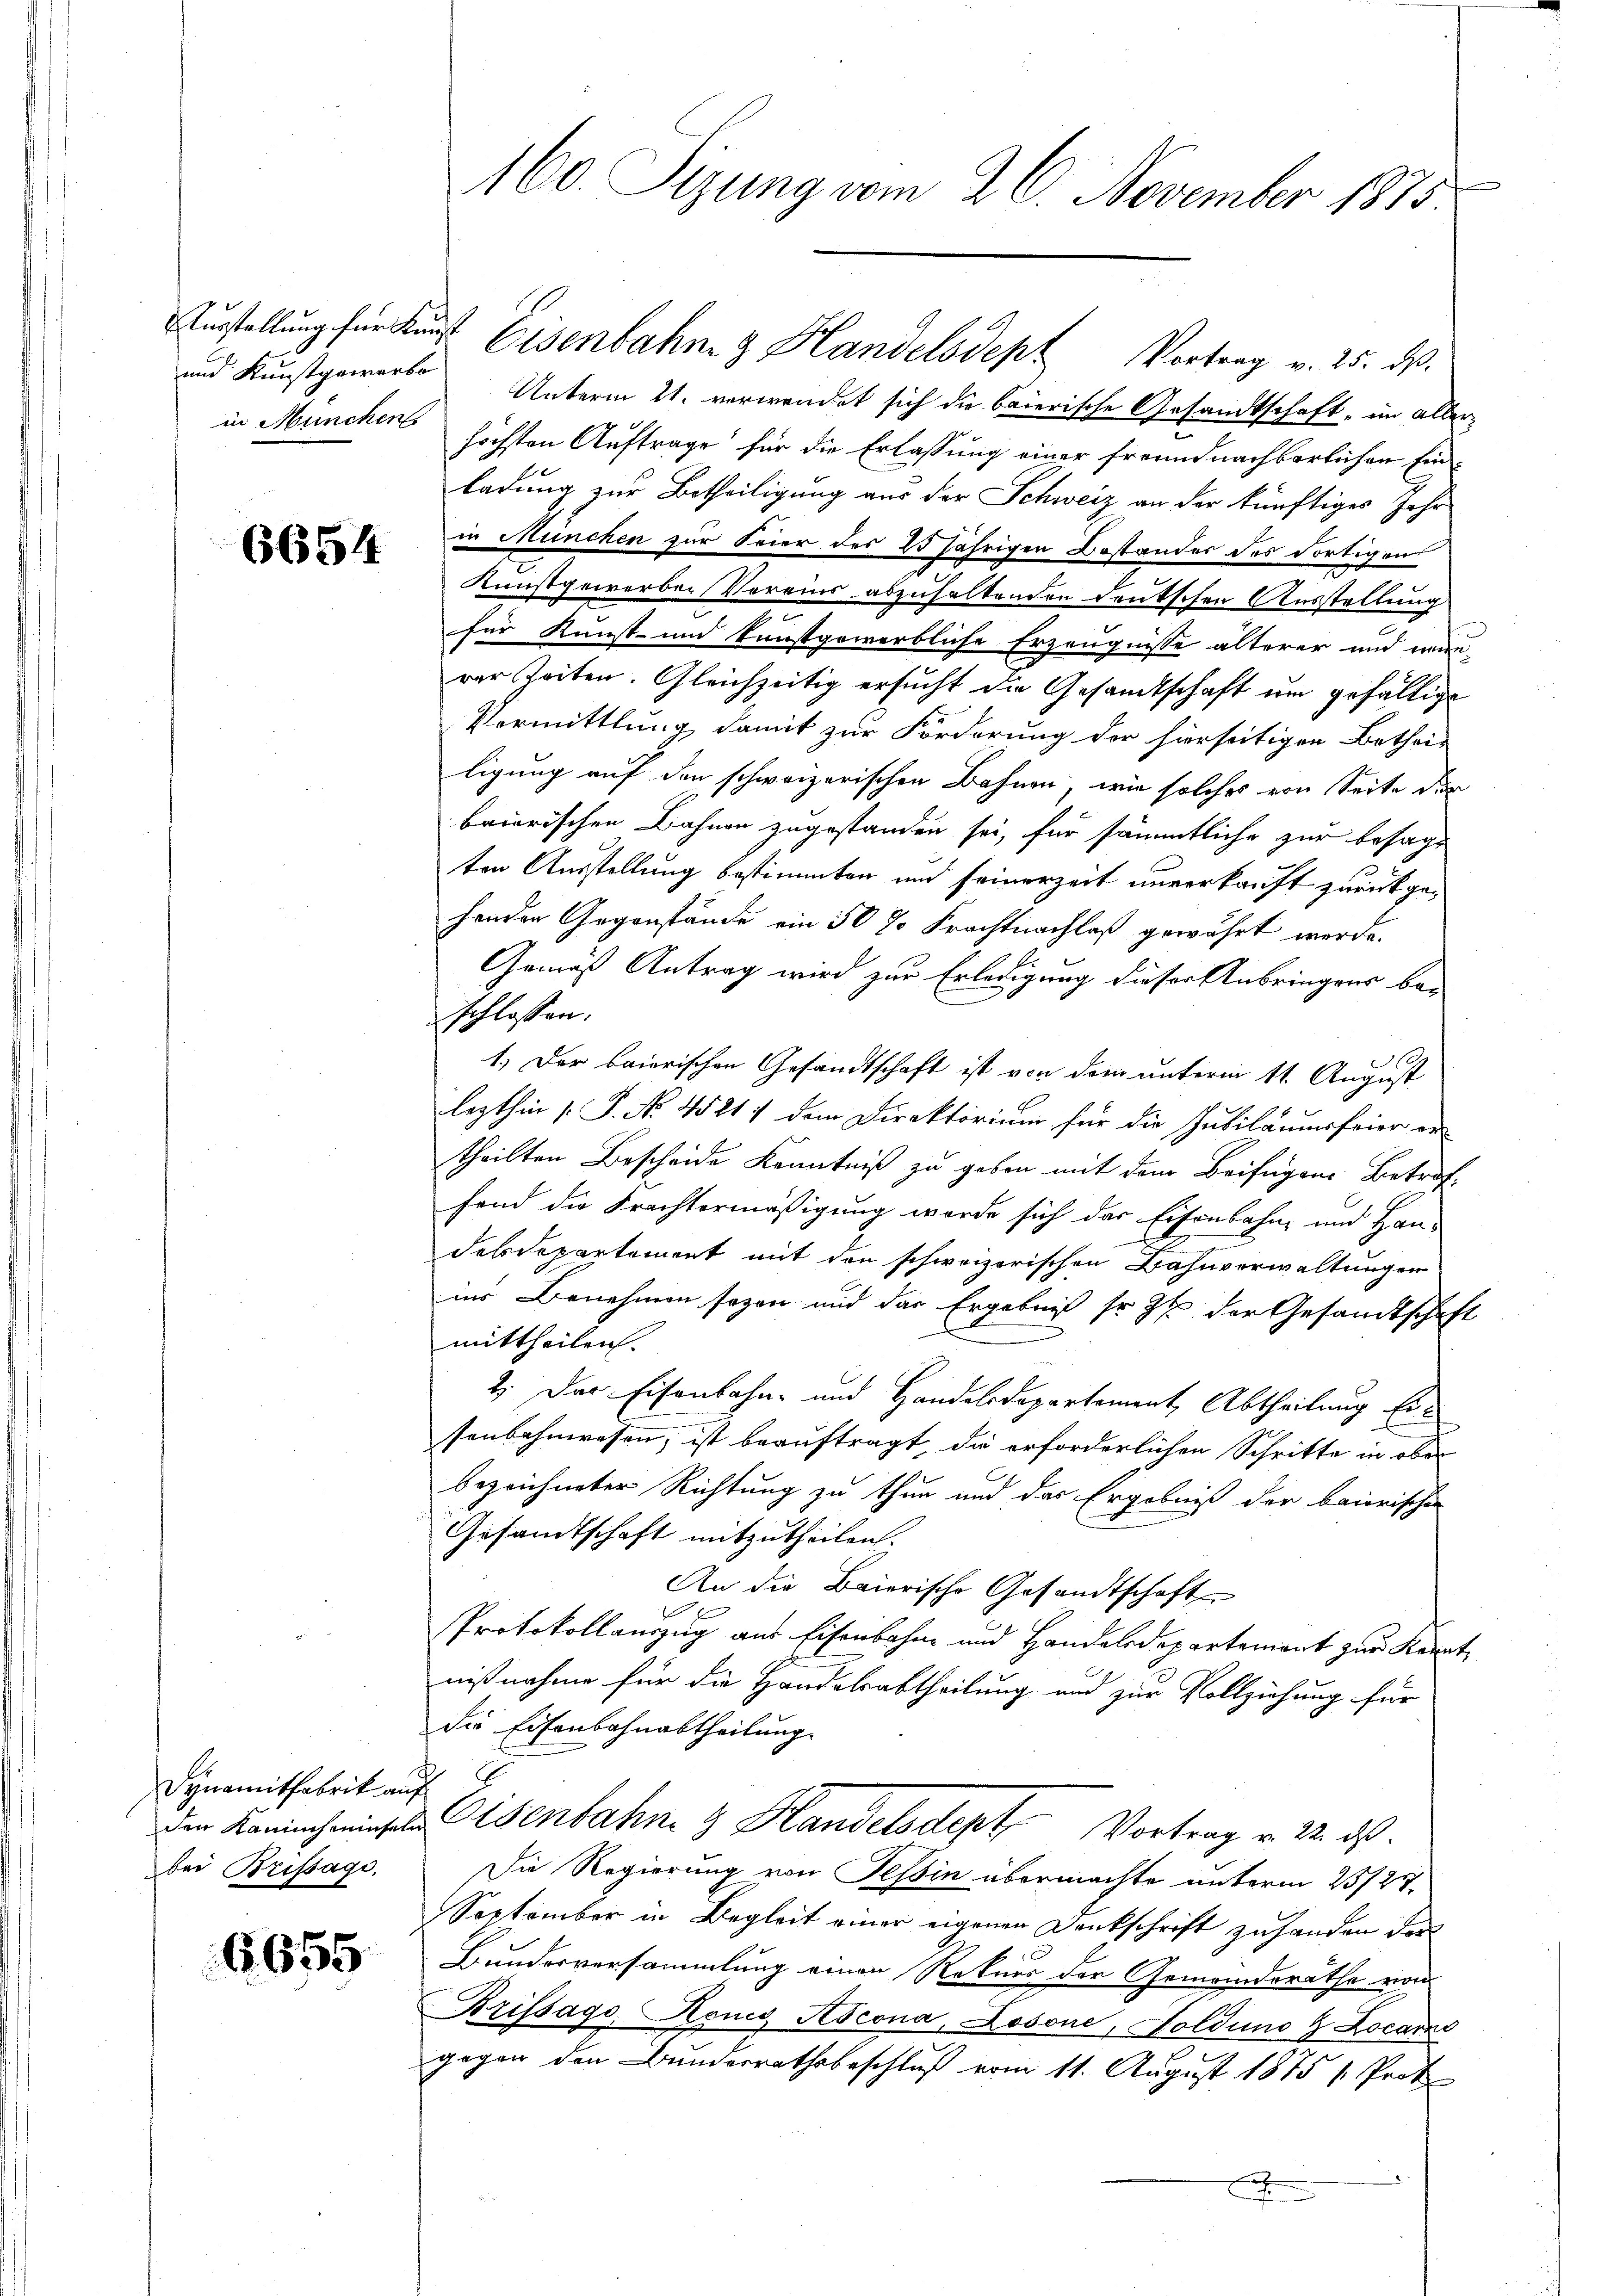
und Kunstgewarbo

6654

Synamitfabrik auf
bei Brissagi,

6655

160. Sitzung vom 26. November 1875.

Unterm 21. verwendet sich die baierische Gesandtschaft, in aller-
in Münchens höchsten Auftrage für die Erlassung einer freundnachbarlichen Einladung zur Betheiligung aus der Schweiz an der künftiges Jahr
in München zur Feier des 15 jährigen Bestandes des dortigens
Kunstgewerben Vereins abzuhaltenden Deutschen Ausstellung
2
für Kunst- und kunstgewerbliche Erzeugnisse älterer und wie-
rer Zeiten. Gleichzeitig ersucht die Gesandtschaft um gefällige
Vermittlung damit zur Förderung der hierseitigen Bethei-
ligung auf den schweizerischen Bahnen, wie solches von Seite der
baierischen Bahnen zugestanden sei, für sämmtliche zur besagt
ten Ausstellung bestimmten und seinerzeit unverkauft zurückgehenden Gegenstände ein 50 J. Frachtnachlaß gewährt werde.
Gemäß Antrag wird zur Erledigung dieser Anbringens beschlossen:
.
1.) Der baierischen Gesandtschaft ist von dem unterm 11. August
lezthin [S. No. 45217 dem Direktorium für die Jubiläumsfeier er
theilten Bescheide Kenntniß zu geben mit dem Beifügen Betreffand die Frachtermäßigung werde sich das Eisenbahn- und Han-
delsdepartement mit den schweizerischen Bahnverwaltungen
ins Benehmen sozon und das Ergebniß sr 9% der Gesandtschaft
mittheilen.
2. Der Eisenbahn- und Handelsdepartement Abtheilung Ersenbahnwesen, ist beauftragt, die erforderlichen Schritte in ober
bezeichneter Richtung zu thun und das Ergebniß der baierischen
Gesandtschaft mitzutheilen.
An die Baierische Gesandtschaft
Protokollauszug aus Eisenbahne und Handelsdepartement zur Kenntnißnahme für die Handelsabtheilung und zur Vollziehung für
die Eisenbahnabtheilung.
den Kanincheinsel Eisenbahn & Handelsdept Vortrag v. 22. ds.
Die Regierung von Tessin übermachte unterm 23/27.
September in Begleit einer eigenen Denkschrift zu handen des
Bunderversammlung einen Rekurs der Gemeinderathe von
Brissago, König Ascona, Losone, Goldung & Locars
gegen den Bunderrathsbeschluß vom 11. August 1875 /Prok
.

Aŭsstellŭng für Kŭrst Eisenbahn & Handelsdept Vortrag v. 25. ds.